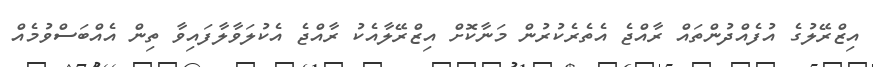
އިޒްރޭލުގެ އުފެއްދުންތައް ރާއްޖެ އެތެރެކުރުން މަނާކޮށް އިޒްރޭލާއެކު ރާއްޖެ އެކުލަވާލާފައިވާ ތިން އެއްބަސްވުމެއް